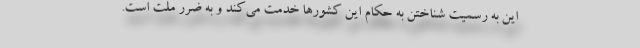
این به رسمیت شناختن به حکام این کشورها خدمت می‌کند و به ضرر ملت است.